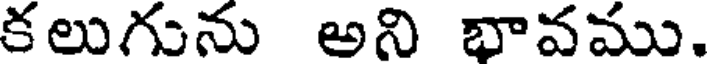
కలుగును అని భావము.